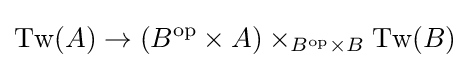
\operatorname {Tw} (A)\rightarrow (B^{\mathrm {op} }\times A)\times _{B^{\mathrm {op} }\times B}\operatorname {Tw} (B)